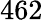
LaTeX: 462